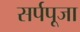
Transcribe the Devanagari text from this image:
सर्पपूजा